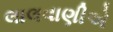
લાલવાણીએ